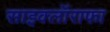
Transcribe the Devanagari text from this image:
साइक्लॉराफा